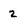
Character: 2